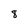
Character: 8